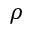
\rho